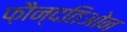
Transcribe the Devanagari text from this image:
फ़ौन्दतिओन